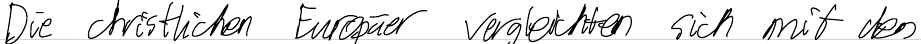
Die christlichen Europäer vergleichen sich mit den